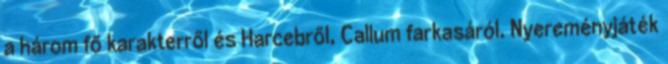
a három fő karakterről és Harcebről, Callum farkasáról. Nyereményjáték